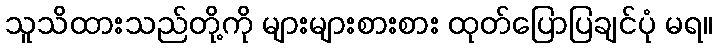
သူသိထားသည်တို့ကို များများစားစား ထုတ်ပြောပြချင်ပုံ မရ။